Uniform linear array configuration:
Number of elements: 4
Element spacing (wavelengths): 0.25
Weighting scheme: blackman
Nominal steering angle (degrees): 15
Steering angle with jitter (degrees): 15.434
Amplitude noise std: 0.05
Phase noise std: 0.05

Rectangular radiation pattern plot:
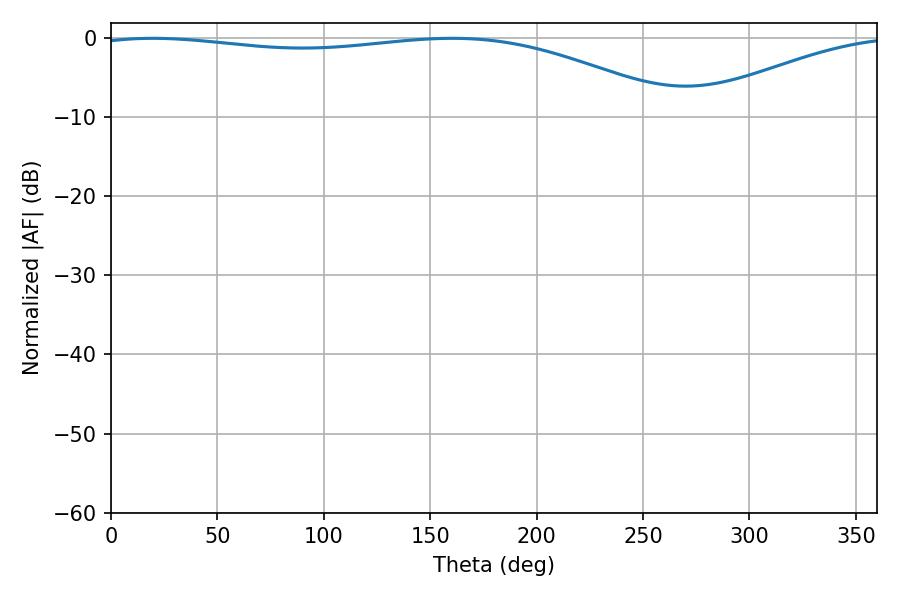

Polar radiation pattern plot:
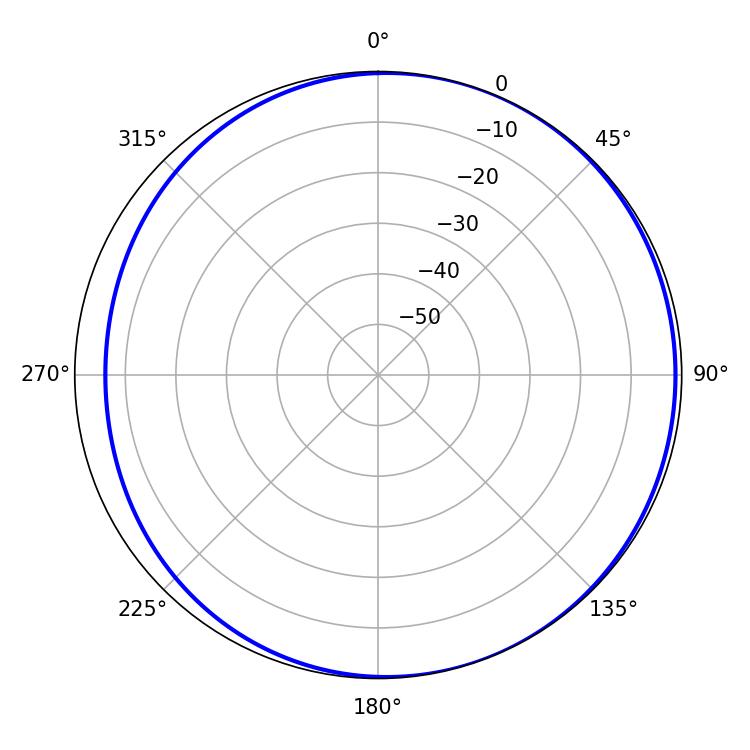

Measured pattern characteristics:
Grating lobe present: FALSE
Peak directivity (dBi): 3.477
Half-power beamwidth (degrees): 221.58
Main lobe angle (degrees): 19.62